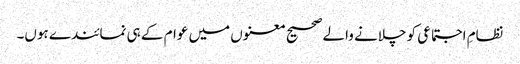
نظامِ اجتماعی کو چلانے والے صحیح معنوں میں عوام کے ہی نمائندے ہوں۔